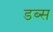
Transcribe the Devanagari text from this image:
डब्स